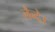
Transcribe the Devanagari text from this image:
लैन्देउ